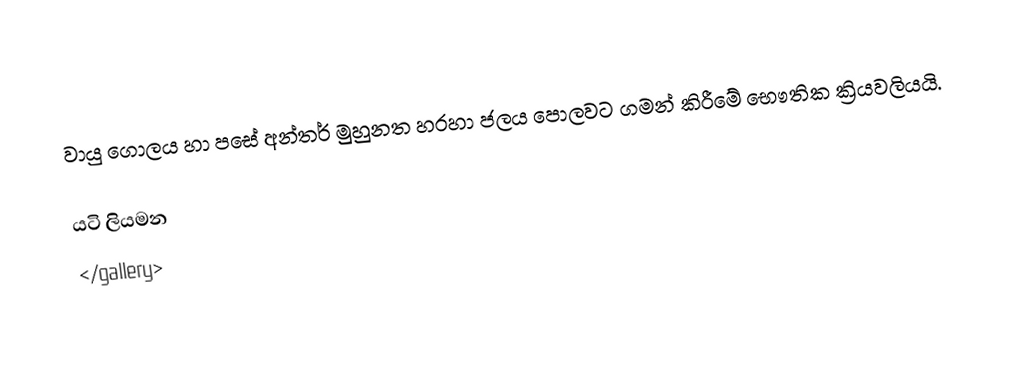
වායු ගොලය හා පසේ අන්තර් මුහුනත හරහා ජලය පොලවට ගමන් කිරීමේ භෞතික ක්‍රියවලියයි.

යටි ලියමන
</gallery>